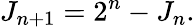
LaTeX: J_{n+1}=2^{n}-J_{n}.